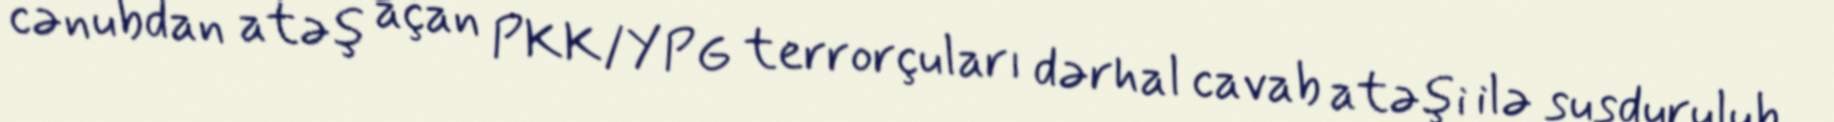
cənubdan atəş açan PKK/YPG terrorçuları dərhal cavab atəşi ilə susdurulub.